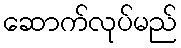
ဆောက်လုပ်မည်